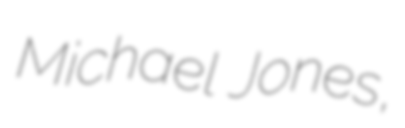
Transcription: Michael Jones,